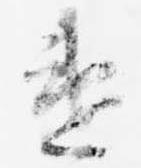
違